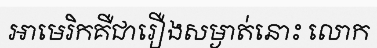
អាមេរិកគឺជារឿងសម្ងាត់នោះ លោក